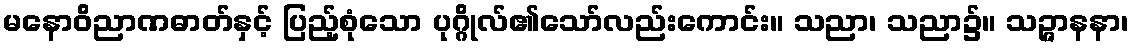
မနောဝိညာဏဓာတ်နှင့် ပြည့်စုံသော ပုဂ္ဂိုလ်၏သော်လည်းကောင်း။ သညာ၊ သညာ၌။ သဉ္ဇာနနာ၊